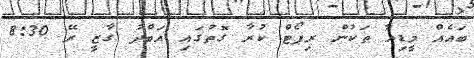
ބައެއް މީޑިއާ ތަކުން ރިޕޯޓް ކުރާ ގޮތުގައި އަބްދު ގާޒީ ރޭ 8:30